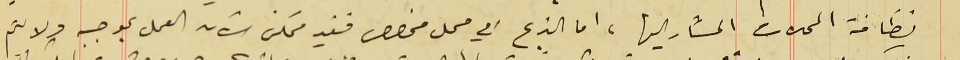
نظافة المحلات المشار اليها، اما الذبح في محل مخصص فغير ممكن الآن العمل بموجبه ولا تم